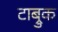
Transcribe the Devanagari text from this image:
टाब्रुक